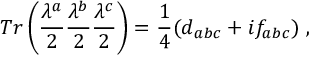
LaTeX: T r \left( { \frac { \lambda ^ { a } } { 2 } } { \frac { \lambda ^ { b } } { 2 } } { \frac { \lambda ^ { c } } { 2 } } \right) = { \frac { 1 } { 4 } } ( d _ { a b c } + i f _ { a b c } ) \; ,